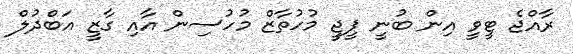
ރާއްޖެ ޓީވީ އިން ބުނީ ޕީޖީ މުހުތާޒް މުހުސިން އާއި ގާޒީ އަބްދުލް